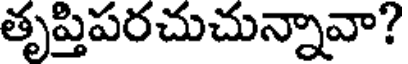
తృప్తిపరచుచున్నావా?